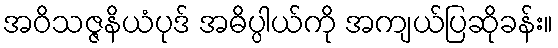
အဝိသဇ္ဇနိယံပုဒ် အဓိပ္ပါယ်ကို အကျယ်ပြဆိုခန်း။